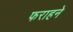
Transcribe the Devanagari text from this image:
फराहने